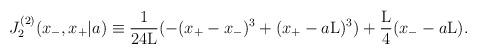
LaTeX: \begin{align*}J_2^{(2)}(x_{-},x_{+}|a) \equiv \frac{1}{24{\rm L}}(-(x_{+} - x_{-})^3 + (x_{+} - a{\rm L})^3)+ \frac{\rm L}{4} (x_{-} - a{\rm L}).\end{align*}